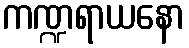
ကဏ္ဍရာယနော